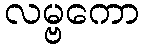
လမ္ဗကော